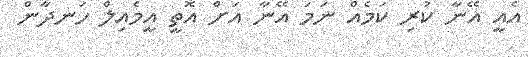
އެއީ އޭނާ ކުރި ކަމެއް ނަމަ އޭނާ އަށް އޮތީ އީމެއިލް ހަނދާން